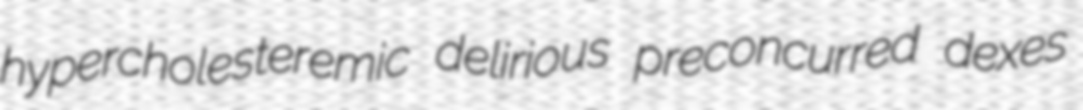
hypercholesteremic delirious preconcurred dexes